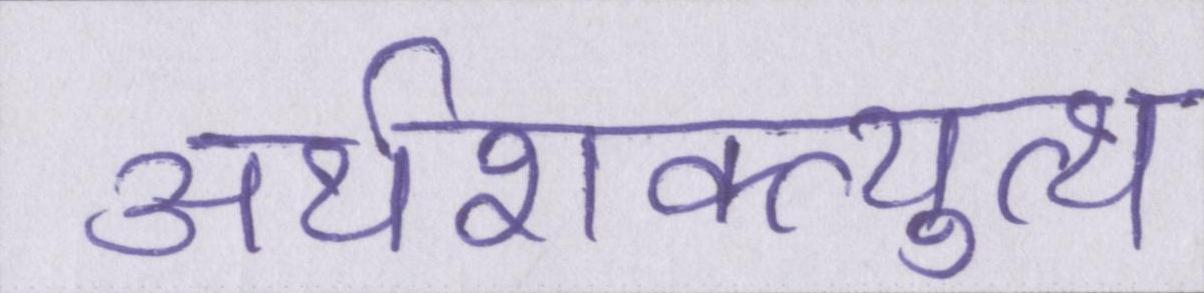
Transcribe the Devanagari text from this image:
अर्थशक्त्युत्थ